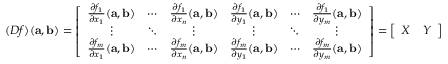
( D f ) ( \mathbf { a } , \mathbf { b } ) = \left[ { \begin{array} { c c c c c c } { { \frac { \partial f _ { 1 } } { \partial x _ { 1 } } } ( \mathbf { a } , \mathbf { b } ) } & { \cdots } & { { \frac { \partial f _ { 1 } } { \partial x _ { n } } } ( \mathbf { a } , \mathbf { b } ) } & { { \frac { \partial f _ { 1 } } { \partial y _ { 1 } } } ( \mathbf { a } , \mathbf { b } ) } & { \cdots } & { { \frac { \partial f _ { 1 } } { \partial y _ { m } } } ( \mathbf { a } , \mathbf { b } ) } \\ { \vdots } & { \ddots } & { \vdots } & { \vdots } & { \ddots } & { \vdots } \\ { { \frac { \partial f _ { m } } { \partial x _ { 1 } } } ( \mathbf { a } , \mathbf { b } ) } & { \cdots } & { { \frac { \partial f _ { m } } { \partial x _ { n } } } ( \mathbf { a } , \mathbf { b } ) } & { { \frac { \partial f _ { m } } { \partial y _ { 1 } } } ( \mathbf { a } , \mathbf { b } ) } & { \cdots } & { { \frac { \partial f _ { m } } { \partial y _ { m } } } ( \mathbf { a } , \mathbf { b } ) } \end{array} } \right] = \left[ { \begin{array} { c c } { X } & { Y } \end{array} } \right]